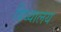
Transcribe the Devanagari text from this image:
बिध्यालय